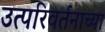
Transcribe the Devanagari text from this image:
उत्परिवर्तनाच्या